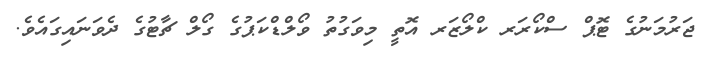
ޖަރުމަނުގެ ޓޮޕް ސްކޯރަރ ކްލޯޒަރ އޮތީ މިވަގުތު ވޯލްޑްކަޕުގެ ގޯލް ޗާޓުގެ ދެވަނައިގައެވެ.